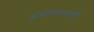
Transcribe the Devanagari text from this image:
आंदोलनकर्त्री